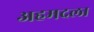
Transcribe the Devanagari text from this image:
अहमदला